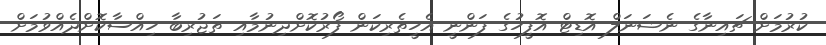
ކުރުމަށް ޗައިނާގެ ނެޝަނަލް އޮޑިޓް އޮފީހުގެ ފަންނީ އެހީތެރިކަން ފޯރުކޮށްދިނުމާއި ތަޖުރިބާ ހިއްސާކޮށްދެއްވުމަށް